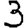
Digit: 3